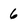
Character: 6